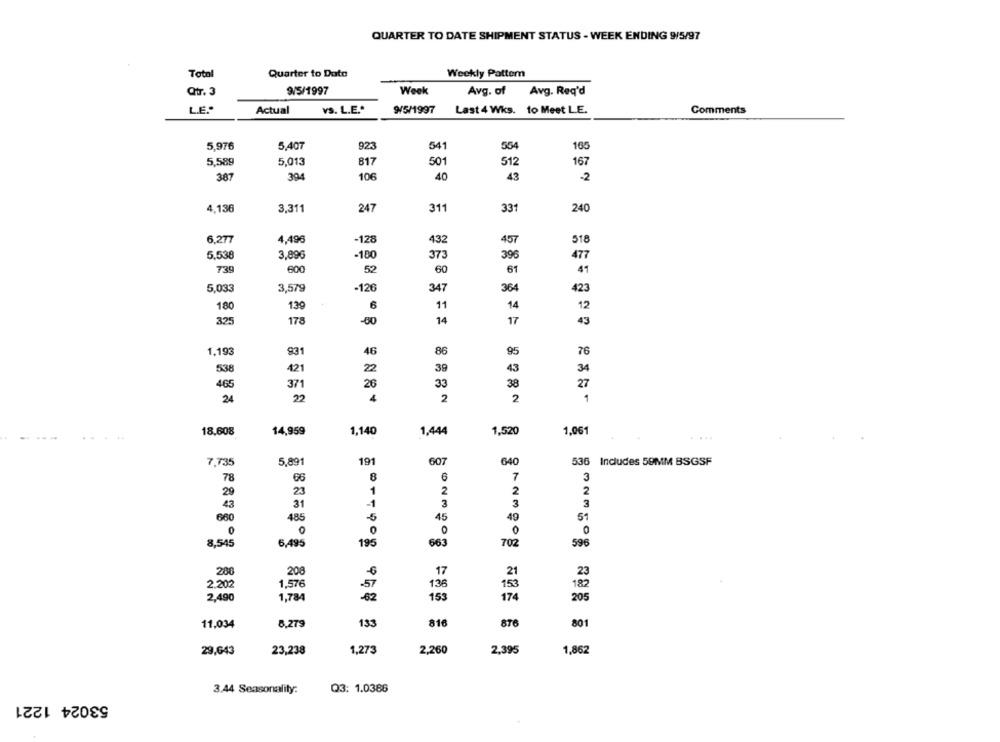
QUARTER TO DATE SHIPMENT STATUS - WEEK ENDING 9/5/97
Total
Quarter to Date
Weekly Pattern
9/5/1997
Week
Qtr. 3
Avg. of
Avg. Req'd
L.E.
Actual
VS. L.E .*
9/5/1997
Last 4 Wks. to Meet LE.
Comments
5.976
5,407
923
541
554
165
5,589
5,013
817
501
512
167
387
394
106
40
43
-2
3,311
311
4,136
247
331
240
-128
6.277
4,496
432
457
518
5,538
3,896
-180
373
396
47
739
600
52
60
61
41
5,033
3,579
-126
347
364
423
6
180
139
11
14
12
-80
14
325
178
17
43
1.193
931
46
86
95
76
538
421
22
39
43
34
465
371
26
33
38
27
24
22
4
2
2
1
18,608
14,959
1,140
1,520
1,061
1,444
....
5,891
191
607
640
7,735
536 Includes 59MM BSGSF
78
06
8
6
7
3
1
2
2
29
23
2
43
31
-1
3
3
3
660
485
45
49
51
0
0
0
0
195
663
702
8,545
6,495
596
286
208
17
21
23
2.202
1,576
.57
136
153
182
2,490
1,784
62
153
174
205
11,034
8.279
133
816
876
801
29,643
23,238
1,273
2,260
2,395
1,862
3.44 Seasonality:
Q3: 1.0386
53024 1221